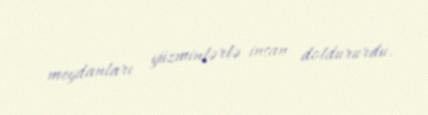
meydanları yüzminlərlə insan doldururdu.